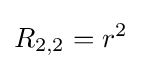
R_{2,2}=r^{2}